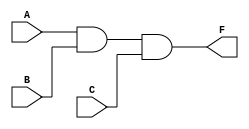


module and3 (A,B,C,F);
  input A,B,C;
  output F;
  assign F = A&B&C;
    
endmodule 


module OR4 (A,B,C,D,F);
  input A,B,C,D;
  output F;
  assign F = A|B|C|D;
    
endmodule 



module MUX4 (SEL,A,B,C,D,OUT);
  input [1:0] SEL;
  input A,B,C,D;
  output OUT;
  
  
  and3 and1 (~SEL[0],~SEL[1],A,OUT1);
  
  and3 and2 (SEL[0],~SEL[1],B,OUT2);

  and3 and3 (~SEL[0],SEL[1],C,OUT3);

  and3 and4 (SEL[0],SEL[1],D,OUT4);

  OR4 or1 (OUT1,OUT2,OUT3,OUT4,OUT);

  
endmodule


/* Test Bench */

module MUX4_DUT();
  
  reg TA,TB,TC,TD;
  reg [1:0] TSEL;
  wire TF;
  
  initial
  begin
  
  TSEL = 2'b00;
#10 TA = 0;
#10 TA = 1;
#10 TSEL = 2'b01;
#10 TB = 0;
#10 TB = 1;
#10 TSEL = 2'b10;
#10 TC = 0;
#10 TC = 1;
#10 TSEL = 2'b11;
#10 TD = 0;
#10 TD = 1;


  end 
  
  MUX4 testMUX(TSEL,TA,TB,TC,TD,TF);
  
endmodule